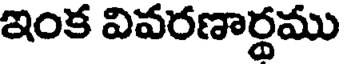
ఇంక వివరణార్థము